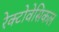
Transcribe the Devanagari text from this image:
रेक्टोवेसिकल